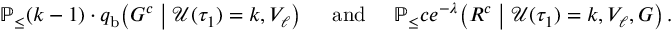
\begin{array} { r } { \mathbb { P } _ \leq ( k - 1 ) \cdot q _ { \mathrm { b } } \! \left( G ^ { c } \; \middle \vert \; \mathcal { U } ( \tau _ { 1 } ) = k , V _ { \ell } \right) \quad \mathrm { ~ a n d ~ } \quad \mathbb { P } _ \leq c e ^ { - \lambda } \! \left( R ^ { c } \; \middle \vert \; \mathcal { U } ( \tau _ { 1 } ) = k , V _ { \ell } , G \right) . } \end{array}